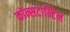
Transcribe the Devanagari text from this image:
कॉन्सटान्टिन